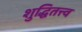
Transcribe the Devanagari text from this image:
शुद्धितत्त्व